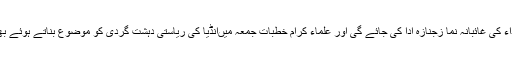
انہوںنے کہاکہ ملک بھر میں جمعہ کے دن کشمیری شہداء کی غائبانہ نما زجنازہ ادا کی جائے گی اور علماء کرام خطبات جمعہ میںانڈیا کی ریاستی دہشت گردی کو موضوع بناتے ہوئے بھارتی ظلم و بربریت کیخلاف مضبوط آواز بلند کریں گے۔